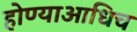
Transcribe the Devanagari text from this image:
होण्याआधिच